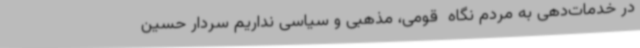
در خدمات‌دهی به مردم نگاه  قومی، مذهبی و سیاسی نداریم سردار حسین